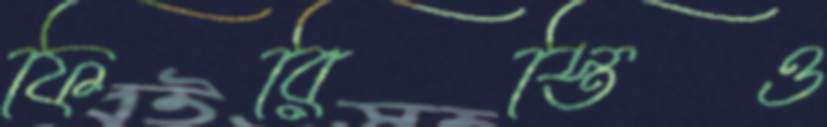
ফিরিস্তিও